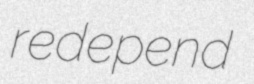
redepend